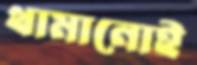
থামানোই